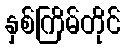
နှစ်ကြိမ်တိုင်